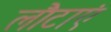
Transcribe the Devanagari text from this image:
लौटाएं